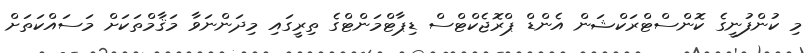
މި ކުންފުނީގެ ކޮންސްޓްރަކްޝަން އެންޑް ޕްރޮޖެކްޓްސް ޑިޕާޓްމަންޓްގެ ތިރީގައި މިދަންނަވާ މަޤާމްތަކަށް މަސައްކަތަށް